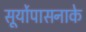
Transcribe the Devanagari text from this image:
सूर्योपासनाके